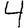
Digit: 4